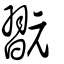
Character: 翫